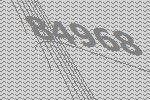
84968